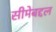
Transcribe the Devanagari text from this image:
सीमेबद्दल